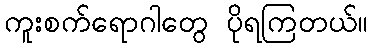
ကူးစက်ရောဂါတွေ ပိုရကြတယ်။